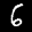
Label: 6